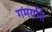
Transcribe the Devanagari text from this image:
गमयति